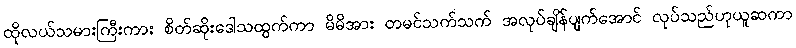
ထိုလယ်သမားကြီးကား စိတ်ဆိုးဒေါသထွက်ကာ မိမိအား တမင်သက်သက် အလုပ်ချိန်ပျက်အောင် လုပ်သည်ဟုယူဆကာ